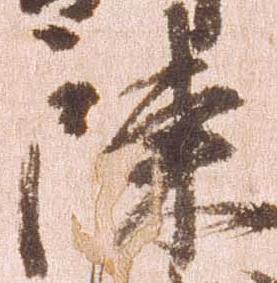
陳